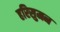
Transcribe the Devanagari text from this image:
हरिसुमन